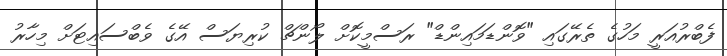
ފެބްރުއަރީ މަހުގެ ތެރޭގައި "ވޮންޑަމައިންޑް" ރަސްމީކޮށް ލޯންޗް ކުރިޔަސް އޭގެ ވެބްސައިޓަށް މިހާރު